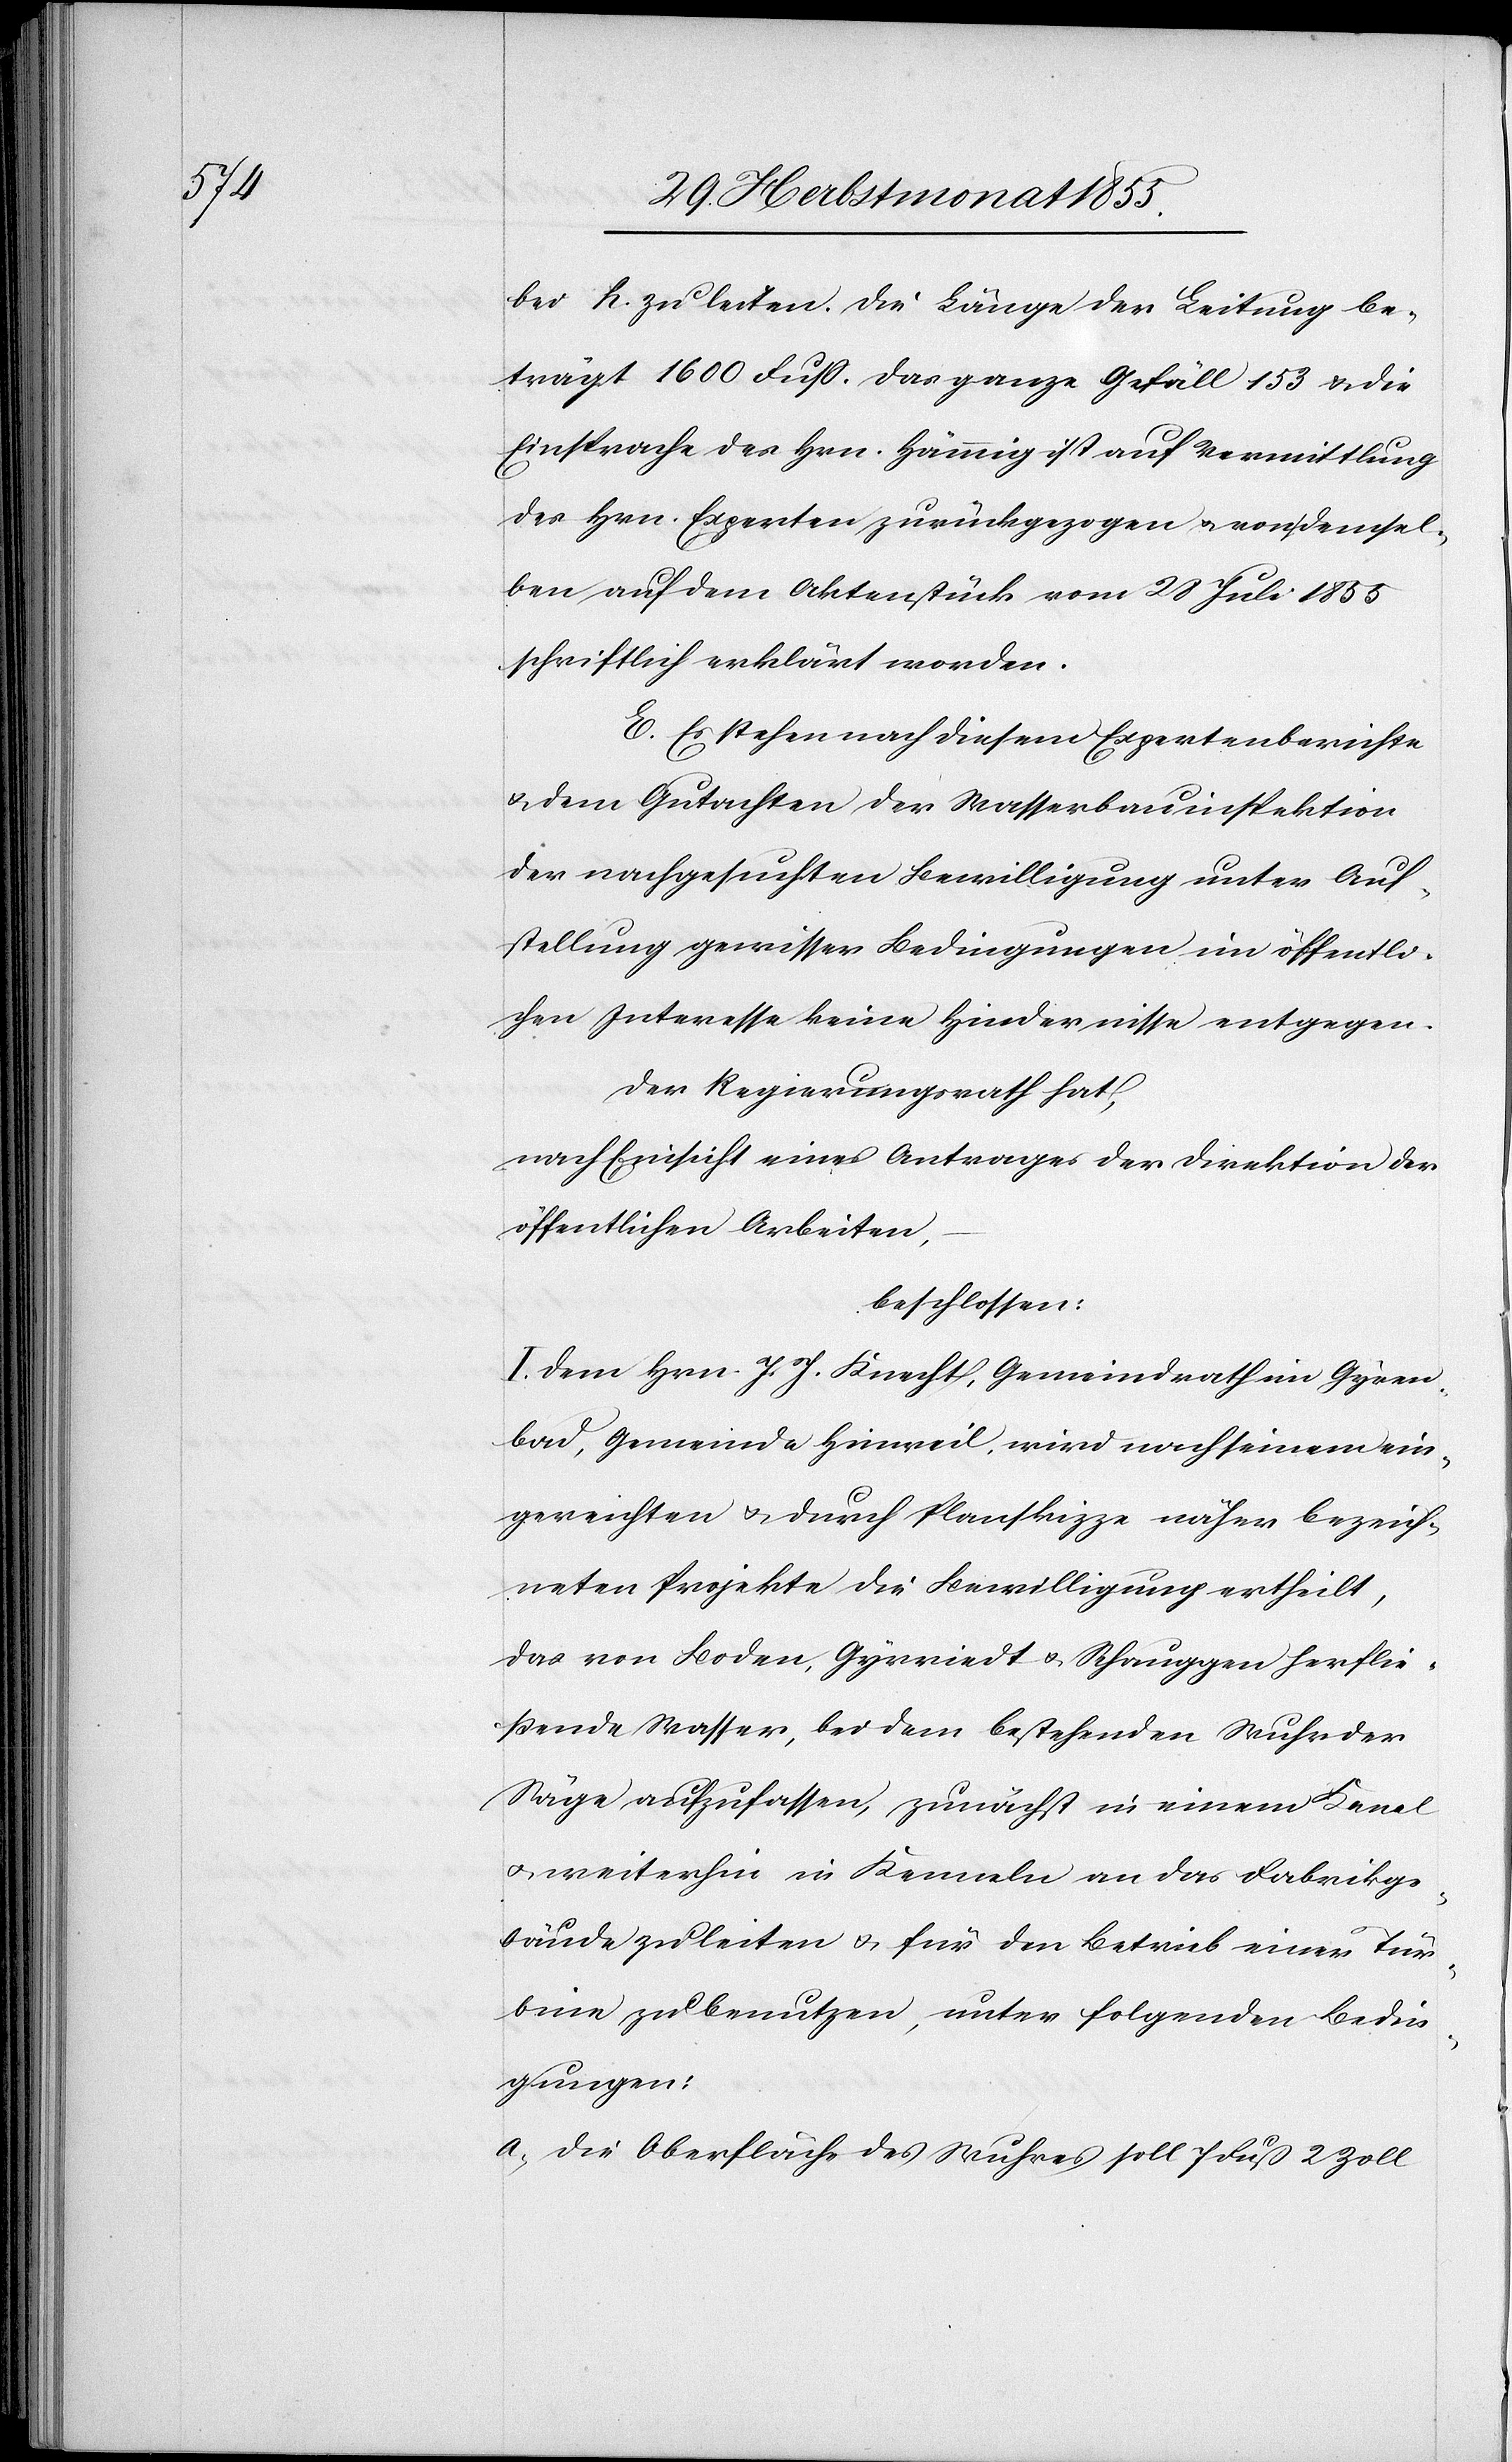
bei h. zu leiten. Die Länge der Leitung be¬
trägt 1600 Fuss. Das ganze Gefäll 153 & die
Einsprache des Hrn. Hämmig ist auf Vermittlung
des Hrn. Experten zurückgezogen & von demsel¬
ben auf dem Aktenstück vom 28 Juli 1855
schriftlich erklärt worden.
E. Es stehen nach diesem Expertenberichte
& dem Gutachten der Wasserbauinspektion
der nachgesuchten Bewilligung unter Auf¬
stellung gewisser Bedingungen im öffentli¬
chen Interesse keine Hindernisse entgegen.
Der Regierungsrath hat,
nach Einsicht eines Antrages der Direktion der
öffentlichen Arbeiten,
beschlossen:
I. Dem Hrn. J. J. Knecht, Gemeindrath im Gyren¬
bad, Gemeinde Hinweil, wird nach seinem ein¬
gereichten & durch Planskizze näher bezeich¬
neten Projekte die Bewilligung ertheilt,
das von Boden, Gyrriedt & Schauggen herflie¬
ßende Wasser, bei dem bestehenden Wuhr der
Säge aufzufassen, zunächst in einem Kanal
& weiterhin in Kenneln an das Fabrikge¬
bäude zu leiten & für den Betrieb einer Tür¬
bine zu benutzen, unter folgenden Bedin¬
gungen:
Die Oberfläche des Wuhres soll 7 Fuß 2 Zoll